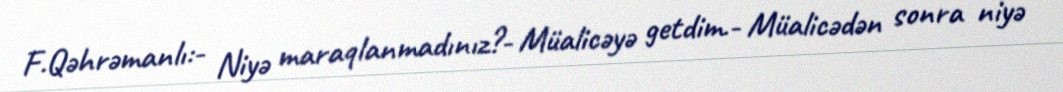
F.Qəhrəmanlı:- Niyə maraqlanmadınız?- Müalicəyə getdim.- Müalicədən sonra niyə